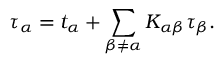
\tau _ { \alpha } = t _ { \alpha } + \sum _ { \beta \neq \alpha } K _ { \alpha \beta } \tau _ { \beta } .